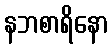
နဘစာရိနော